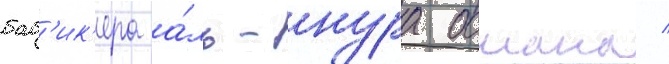
баб'ик'ера а́ль-нура османа /